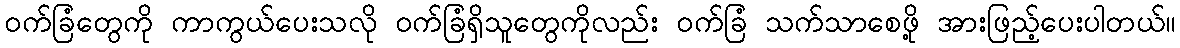
ဝက်ခြံတွေကို ကာကွယ်ပေးသလို ဝက်ခြံရှိသူတွေကိုလည်း ဝက်ခြံ သက်သာစေဖို့ အားဖြည့်ပေးပါတယ်။